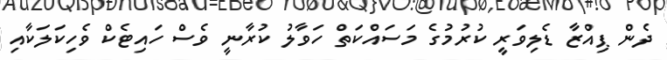
ދެން ޕިއްޒާ ޑެލިވަރީ ކުރުމުގެ މަސައްކަތް ހަވާލު ކުރާނީ ވެސް ހައިޓެކް ވެހިކަލަކާއި